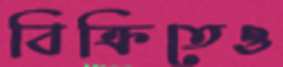
বিক্রিতেও